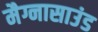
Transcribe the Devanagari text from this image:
मैग्नासाउंड